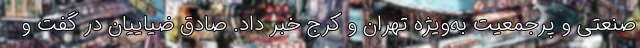
صنعتی و پرجمعیت به‌ویژه تهران و کرج خبر داد. صادق ضیاییان در گفت و